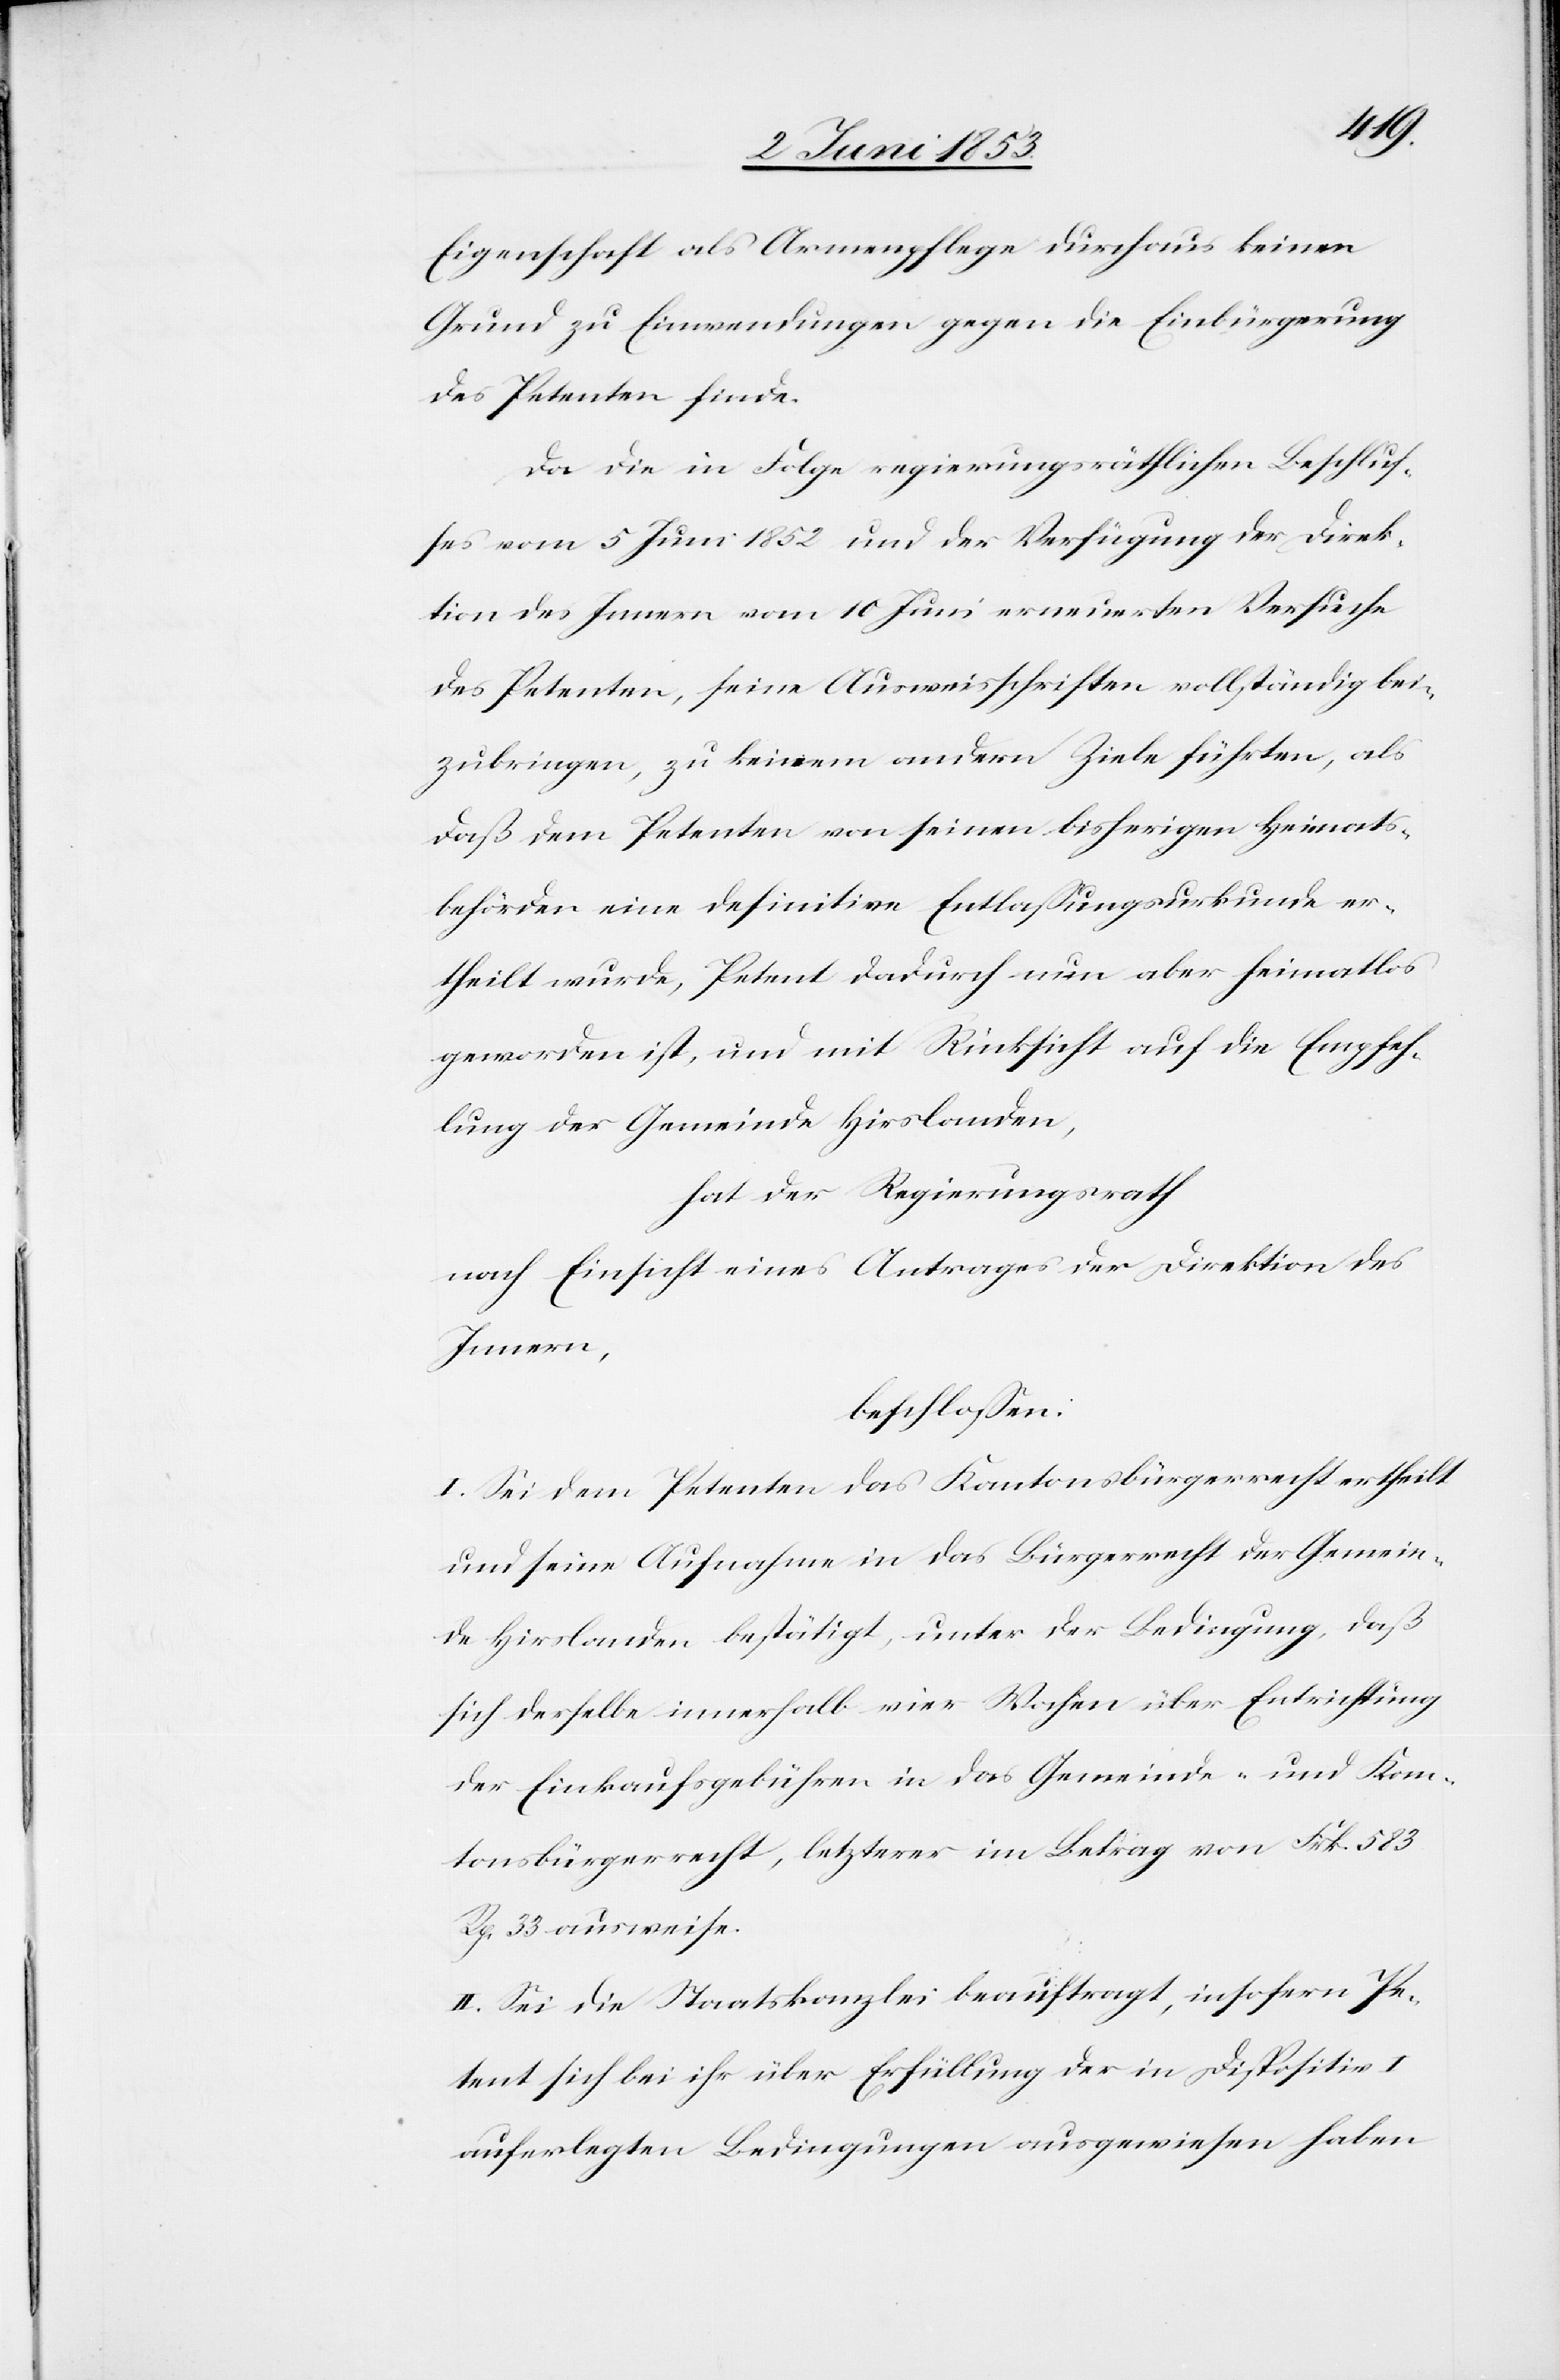
Eigenschaft als Armenpflege durchaus keinen
Grund zu Einwendungen gegen die Einbürgerung
des Petenten finde.
Da die in Folge regierungsräthlichen Beschlus¬
ses vom 5 Juni 1852 und der Verfügung der Direk¬
tion des Innern vom 10 Juni erneuerten Versuche
des Petenten, seine Ausweisschriften vollständig bei¬
zubringen, zu keinem andern Ziele führten, als
daß dem Petenten von seinem bisherigen Heimats¬
behörden eine definitive Entlaßungsurkunde er¬
theilt wurde, Petent dadurch nun aber heimatlos
geworden ist, und mit Rücksicht auf die Empfeh¬
lung der Gemeinde Hirslanden,
hat der Regierungsrath
nach Einsicht eines Antrages der Direktion des
Innern,
beschloßen:
I. Sei dem Petenten das Kantonsbürgerrecht ertheilt
und seiner Aufnahme in das Bürgerrecht der Gemein¬
de Hirslanden bestätigt, unter der Bedingung, daß
sich derselbe innerhalb vier Wochen über Entrichtung
der Einkaufsgebühren in das Gemeinde- und Kan¬
tonsbürgerrecht, letzterer im Betrag von Frk. 583
Rp. 33 ausweise.
II. Sei die Staatskanzlei beauftragt, insofern Pe¬
tent sich bei ihr über Erfüllung der in Dispositiv I
auferlegten Bedingungen ausgewiesen haben